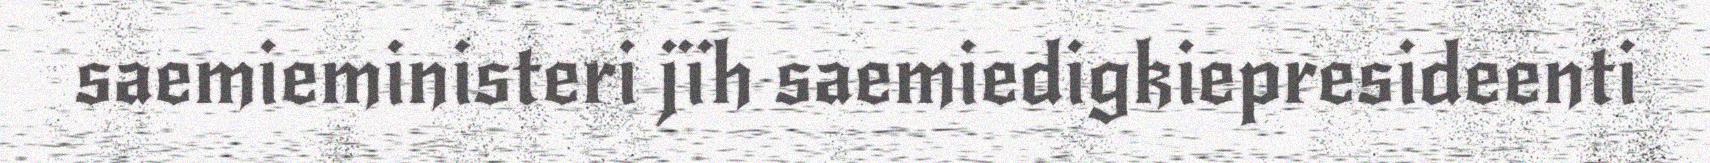
saemieministeri jïh saemiedigkiepresideenti